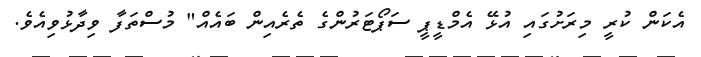
އެކަން ކުރީ މިރަށުގައި އުޅޭ އެމްޑީޕީ ސަޕޯޓަރުންގެ ތެރެއިން ބައެއް" މުސްތަފާ ވިދާޅުވިއެވެ.